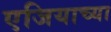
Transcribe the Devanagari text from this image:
एजियाच्या